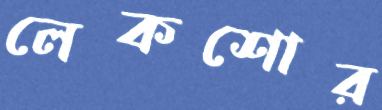
লেকশোর